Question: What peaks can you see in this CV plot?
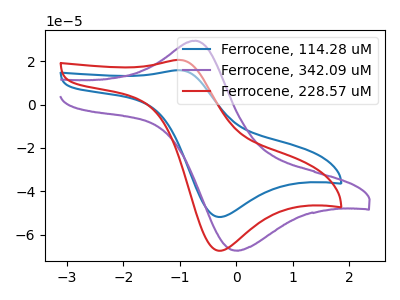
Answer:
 <answer>The blue curve "Ferrocene, 114.28 uM" has an anodic peak at (-1.00V, 15.80uA) and a cathodic peak at (-0.30V, -51.80uA). The purple curve "Ferrocene, 342.09 uM" has an anodic peak at (-0.70V, 29.40uA) and a cathodic peak at (-0.05V, -67.30uA). The red curve "Ferrocene, 228.57 uM" has an anodic peak at (-1.00V, 20.55uA) and a cathodic peak at (-0.30V, -67.35uA).</answer>
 <eval></eval>